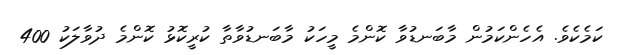
ކަމެކެވެ. އެހެންކަމުން މާބަނޑުވާ ކޮންމެ މީހަކު މާބަނޑުވާތާ ކުރީކޮޅު ކޮންމެ ދުވާލަކު 400